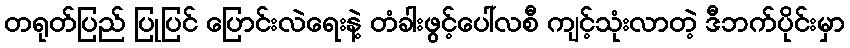
တရုတ်ပြည် ပြုပြင် ပြောင်းလဲရေးနဲ့ တံခါးဖွင့်ပေါ်လစီ ကျင့်သုံးလာတဲ့ ဒီဘက်ပိုင်းမှာ